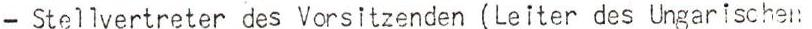
- Stellvertreter des Vorsitzenden (Leiter des Ungarischen